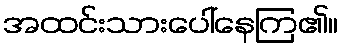
အထင်းသားပေါ်နေကြ၏။